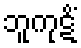
ဘူကုဋိံ